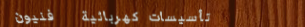
تأسيسات كهربائية   فنيون